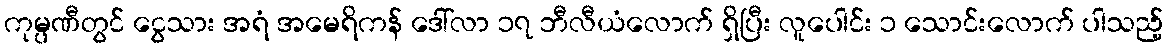
ကုမ္ပဏီတွင် ငွေသား အရံ အမေရိကန် ဒေါ်လာ ၁၇ ဘီလီယံလောက် ရှိပြီး လူပေါင်း ၁ သောင်းလောက် ပါသည့်